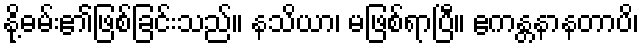
နို့ဓမ်း၏ဖြစ်ခြင်းသည်။ နသိယာ၊ မဖြစ်ရာပြီ။ ဧကန္တနာနတာပိ၊